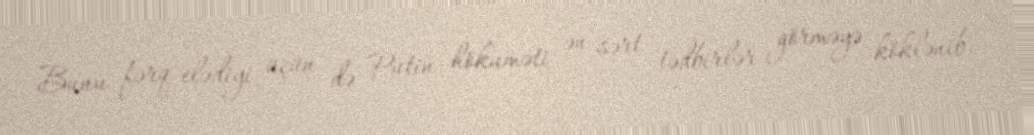
Bunu fərq elədiyi üçün də Putin hökuməti ən sərt tədbirlər görməyə köklənib.